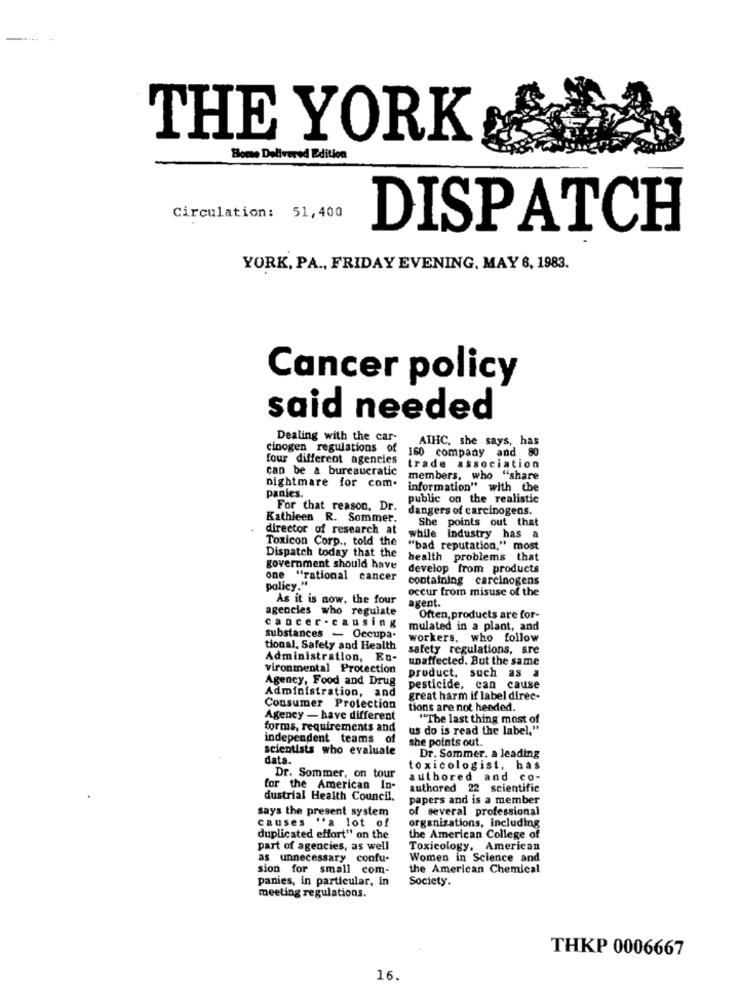
THE YORK
Bome Delivered Edition
Circulation: 51,400
DISPATCH
YORK, PA ., FRIDAY EVENING, MAY 6, 1983.
Cancer policy
said needed
Dealing with the car-
ATHC, she says, has
cinogen regulations of
160 company and 80
four different agencies
can be a bureaucratic
trade association
members, who "share
nightmare for com.
panies.
information" with the
public on the realistic
For that reason, Dr.
dangers of carcinogens.
Kathleen R. Sommer.
She points out that
director of research at
Toxicon Corp ., told the
while industry has a
"bad reputation," most
Dispatch today that the
health problems that
government should have
develop from products
one "rational cancer
containing carcinogens
policy."
occur from misuse of the
As it is now, the four
agent.
agencies who regulate
cancer - causing
Often, products are for-
mulated in a plant, and
Substances - Occupa-
workers, who follow
tional, Safety and Health
safety regulations, are
Administration, Eu-
unaffected. But the same
vironmental Protection
Agency, Food and Drug
product, such as a
Administration, and
pesticide, can cause
great harm if label direc-
Consumer Protection
tions are not heeded.
Agency - have different
"The last thing most of
forms, requirements and
us do is read the label,"
independent teams of
she points out.
scientists who evaluate
data.
Dr. Sommer. a leading
toxicologist, has
Dr. Sommer, on tour
authored and co-
for the American In-
authored 22 scientific
dustrial Health Council.
papers and is a member
says the present system
of several professional
causes "a lot of
organizations, including
duplicated effort" on the
the American College of
part of agencies, as well
Toxicology, American
as unnecessary confu-
Women in Science and
sion for small com-
the American Chemical
panies, in particular, in
Society.
meeting regulations.
THKP 0006667
16.